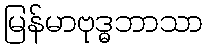
မြန်မာဗုဒ္ဓဘာသာ